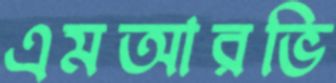
এমআরভি